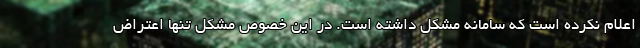
اعلام نکرده است که سامانه مشکل داشته است. در این خصوص مشکل تنها اعتراض